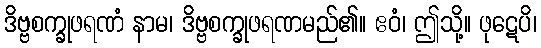
ဒိဗ္ဗစက္ခုဖရဏံ နာမ၊ ဒိဗ္ဗစက္ခုဖရဏမည်၏။ ဧဝံ၊ ဤသို့။ ဖုဋေပိ၊